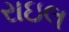
રાઇલ